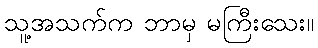
သူ့အသက်က ဘာမှ မကြီးသေး။